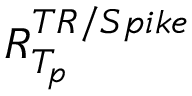
R _ { T _ { p } } ^ { T R / S p i k e }